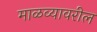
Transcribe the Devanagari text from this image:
माळव्यावरील